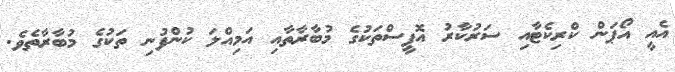
އެއީ އޯޕަން ކްރިކެޓާއި ސަރުކާރު އޮފީސްތަކުގެ މުބާރާތާއި އަމިއްލަ ކުންފުނި ތަކުގެ މުބާރާތެވެ.